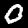
Digit: 0